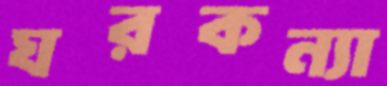
ঘরকন্যা